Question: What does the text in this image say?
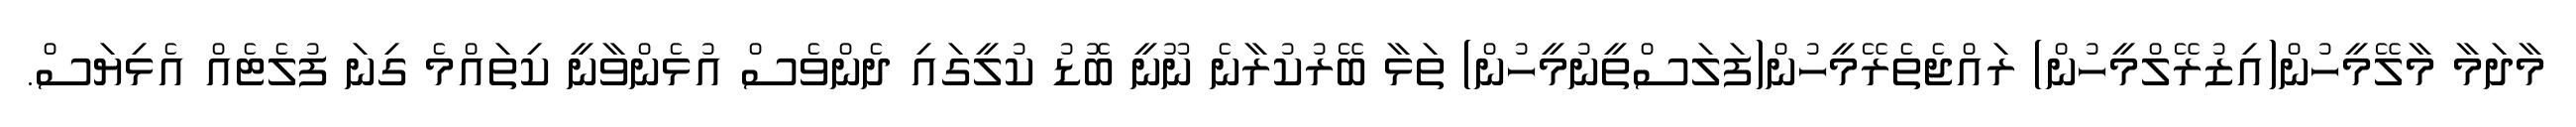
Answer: މާދަމާ މާލޭމީހުން(އިޒުރޭލްމީހުން) ރައްޖެތެރޭމީހުން(ފަލަސްތީނުމީހުން) ތަޅާ ބޭރުކުރާނެ ނޫނީ ބޮޑު ކުލީގައި ދެންވެސް އުޅެންވާނީ ކިތައްމެ ގިނަ ފުލެޓެއް އެޅިޔަސް.